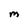
Character: M